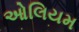
ઓલિયમ